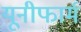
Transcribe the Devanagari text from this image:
यूनीफार्म